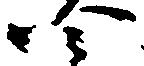
四